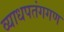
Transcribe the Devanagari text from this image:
व्याधपतंगगण